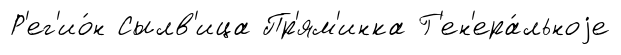
Р'ег'ио́н Сылв'ица Пр'ям'инка Г'ен'ера́льноjе